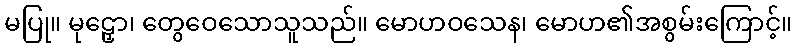
မပြု။ မုဠှော၊ တွေဝေသောသူသည်။ မောဟဝသေန၊ မောဟ၏အစွမ်းကြောင့်။